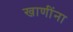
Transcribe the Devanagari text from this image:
खाणींना